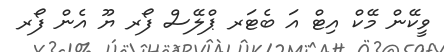
ވީކޭން މޭކް އިޓް އަ ބެޓަރ ޕްލޭސް ފޯރ ޔޫ އެން ފޯރ